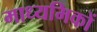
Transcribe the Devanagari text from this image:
माध्यमिकों